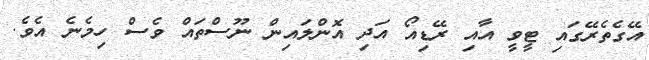
އޭގެތެރޭގައި ޓީވީ އާއި ރޭޑިއޯ އަދި އޮންލައިން ނޫސްތައް ވެސް ހިމެނެ އެވެ.